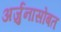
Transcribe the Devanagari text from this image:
अर्जुनासोबत